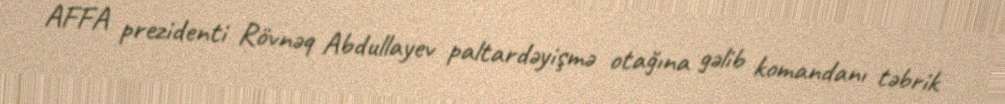
AFFA prezidenti Rövnəq Abdullayev paltardəyişmə otağına gəlib komandanı təbrik